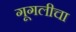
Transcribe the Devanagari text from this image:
गूगलीचा